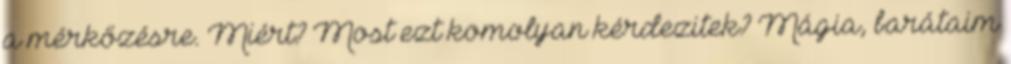
a mérkőzésre. Miért? Most ezt komolyan kérdezitek? Mágia, barátaim